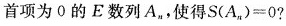
首项为0的E数列A_{n}，使得$$S(A_{n})=0$$?